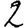
Digit: 2